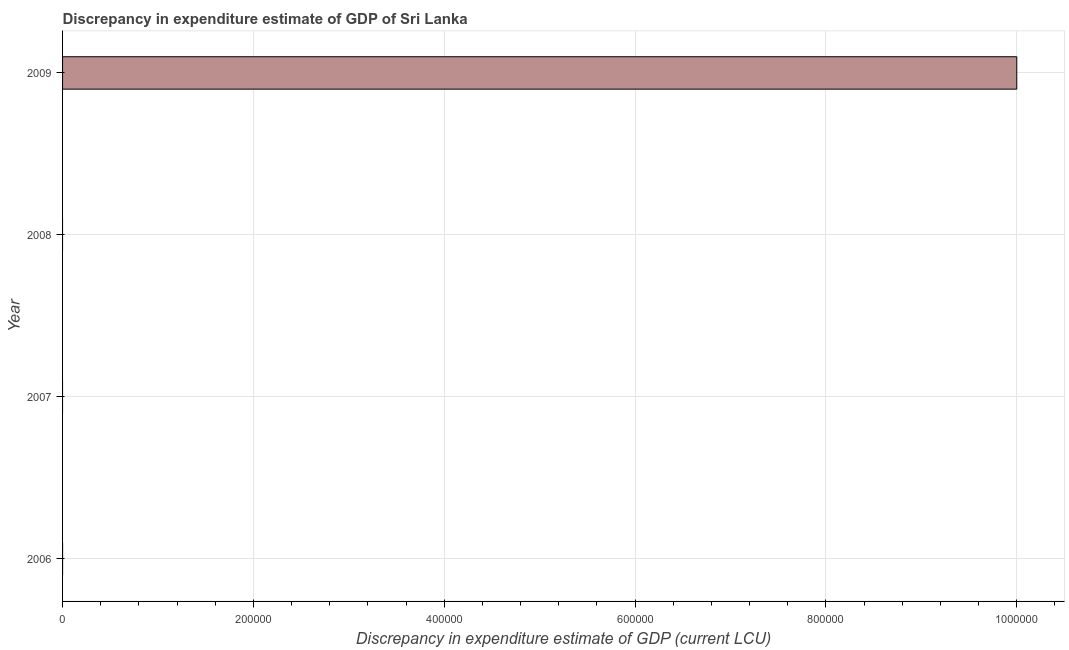
| Year | Discrepancy current LCU |
 | --- | --- |
 | 2006 | 0.0002 |
 | 2007 | -1e+06 |
 | 2008 | -1e+06 |
 | 2009 | 1e+06 |